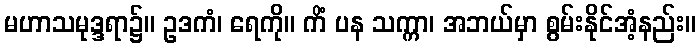
မဟာသမုဒ္ဒရာ၌။ ဥဒကံ၊ ရေကို။ ကိံ ပန သက္ကာ၊ အဘယ်မှာ စွမ်းနိုင်အံ့နည်း။